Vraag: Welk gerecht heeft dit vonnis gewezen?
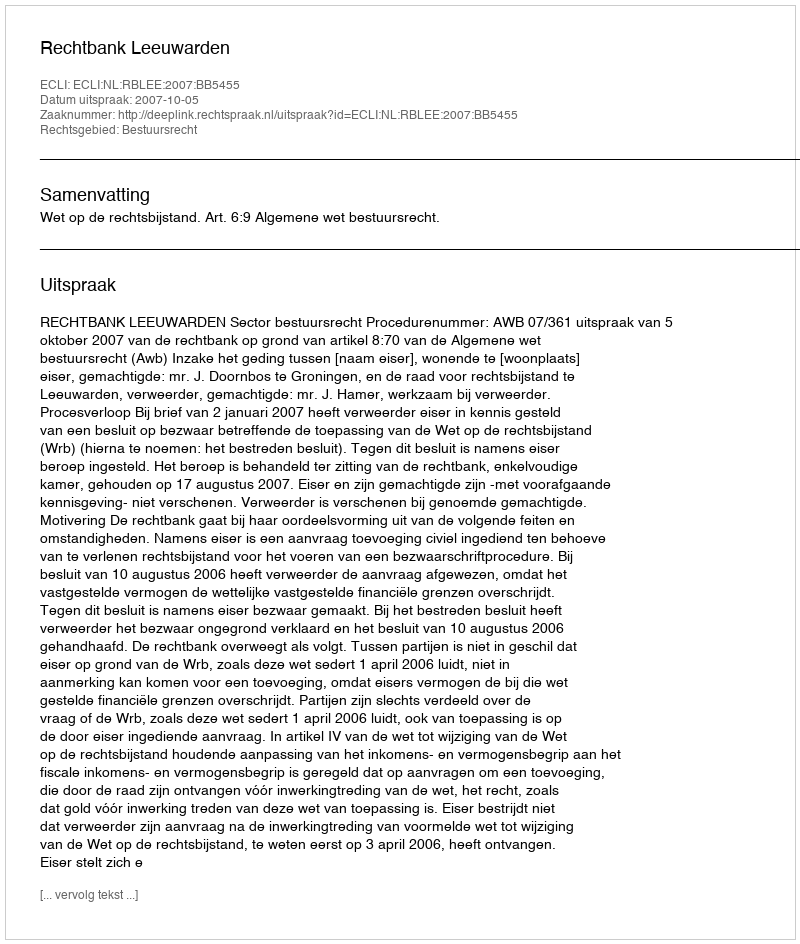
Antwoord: Rechtbank Leeuwarden